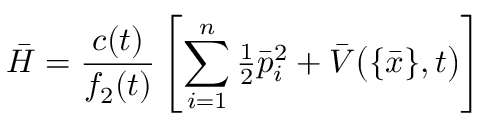
\bar { H } = \frac { c ( t ) } { f _ { 2 } ( t ) } \left[ \sum _ { i = 1 } ^ { n } { \textstyle \frac { 1 } { 2 } } \bar { p } _ { i } ^ { 2 } + \bar { V } \big ( \{ \bar { x } \} , t \big ) \right]